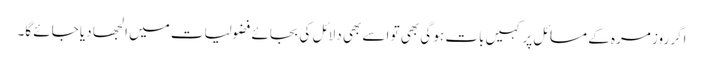
اگر روز مرہ کے مسائل پر کہیں بات ہو گی بھی تو اسے بھی دلائل کی بجائے فضولیات میں الجھا دیا جائے گا۔